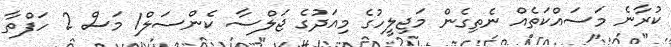
ކުރާނެ މަސައްކަތެއް ނެތިގެން މަޖިލީހުގެ މިއަދުގެ ޖަލްސާ ކެންސަލް1 މަސް 2 ހަފްތާ